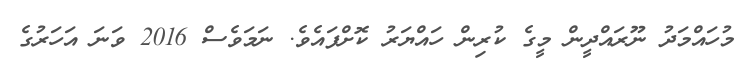
މުހައްމަދު ނޫރައްދީން މީގެ ކުރިން ހައްޔަރު ކޮށްފައެވެ. ނަމަވެސް 2016 ވަނަ އަހަރުގެ